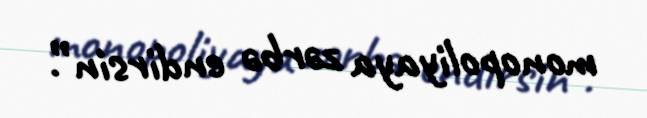
monopoliyaya zərbə endirsin”.